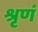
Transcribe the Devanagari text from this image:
श्रृणं